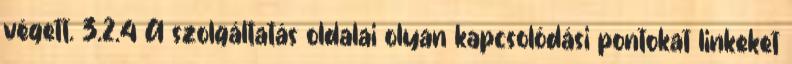
végett. 3.2.4 A szolgáltatás oldalai olyan kapcsolódási pontokat linkeket